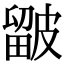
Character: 𥀓